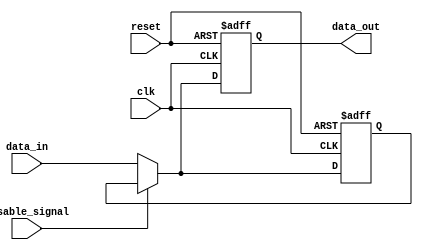
module DisableBlock (
    input wire clk,                // Clock signal
    input wire reset,              // Asynchronous reset signal
    input wire disable_signal,     // Control signal to disable the block
    input wire [N-1:0] data_in,    // Input data (N bits wide)
    output reg [N-1:0] data_out    // Output data (N bits wide)
);
    parameter N = 8;               // Parameter for data width

    // Internal state to hold the last output value
    reg [N-1:0] last_output;

    always @(posedge clk or posedge reset) begin
        if (reset) begin
            data_out <= 0;          // Reset output to zero
            last_output <= 0;       // Reset last output to zero
        end else if (disable_signal) begin
            // Hold the last output value when disabled
            data_out <= last_output;
        end else begin
            // Normal operation: update output and last output
            data_out <= data_in;
            last_output <= data_in;
        end
    end
endmodule